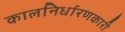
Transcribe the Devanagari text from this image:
कालनिर्धारणकारी